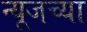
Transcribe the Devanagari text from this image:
न्यूजच्या